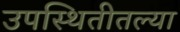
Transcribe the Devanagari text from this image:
उपस्थितीतल्या